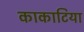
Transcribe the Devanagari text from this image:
काकाटिया